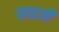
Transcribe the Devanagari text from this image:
साइजी